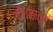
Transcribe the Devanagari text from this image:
गोंधळातून